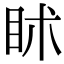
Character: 𥄵